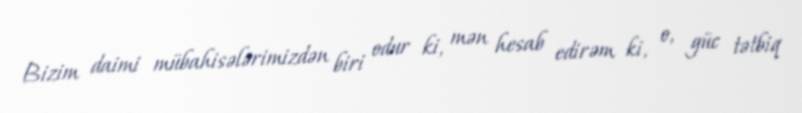
Bizim daimi mübahisələrimizdən biri odur ki, mən hesab edirəm ki, o, güc tətbiq